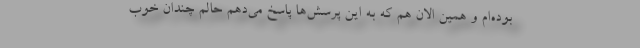
بوده‌ام و همین الان هم که به این پرسش‌ها پاسخ می‌دهم حالم چندان خوب